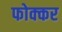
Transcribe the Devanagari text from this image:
फोक्‍कर